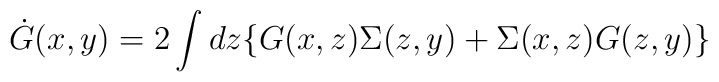
\dot{G}(x,y) =  2 \int dz  \{G(x,z) \Sigma(z,y) + \Sigma (x,z) G(z,y) \}